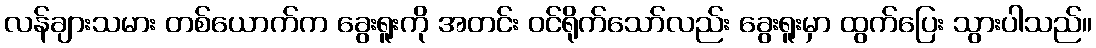
လန်ချားသမား တစ်ယောက်က ခွေးရူးကို အတင်း ဝင်ရိုက်သော်လည်း ခွေးရူးမှာ ထွက်ပြေး သွားပါသည်။